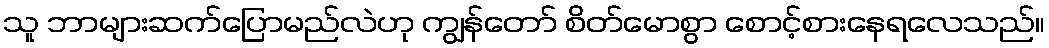
သူ ဘာများဆက်ပြောမည်လဲဟု ကျွန်တော် စိတ်မောစွာ စောင့်စားနေရလေသည်။